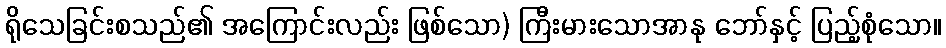
ရိုသေခြင်းစသည်၏ အကြောင်းလည်း ဖြစ်သော) ကြီးမားသောအာနု ဘော်နှင့် ပြည့်စုံသော။